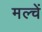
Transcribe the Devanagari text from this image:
मल्चें